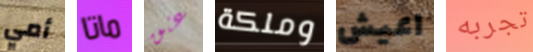
أمي ماتا عنق وملكة اعيش تجربه